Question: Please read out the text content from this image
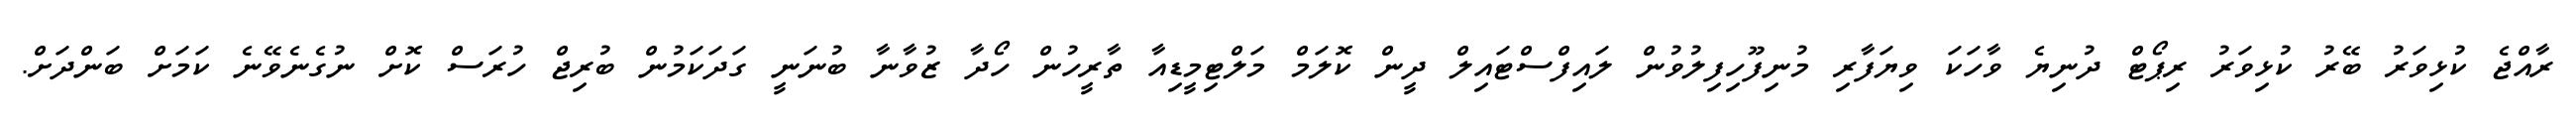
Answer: ރާއްޖެ ކުޅިވަރު ބޭރު ކުޅިވަރު ރިޕޯޓް ދުނިޔެ ވާހަކަ ވިޔަފާރި މުނިފޫހިފިލުވުން ލައިފްސްޓައިލް ދީން ކޮލަމް މަލްޓިމީޑިއާ ތާރީހުން ހޯދާ ޒުވާނާ ބުނަނީ ގަދަކަމުން ބުރިޖް ހުރަސް ކޮށް ނުގެނެވޭނެ ކަމަށް ބަންދަށް.